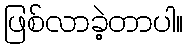
ဖြစ်လာခဲ့တာပါ။